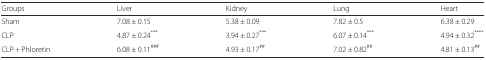
| Groups | Liver | Kidney | Lung | Heart |
 | --- | --- | --- | --- | --- |
 | Sham | 7.08 ± 0.15 | 5.38 ± 0.09 | 7.82 ± 0.5 | 6.38 ± 0.29 |
 | CLP | 4.87 ± 0.24*** | 3.94 ± 0.27*** | 6.07 ± 0.14*** | 4.94 ± 0.32**** |
 | CLP + Phloretin | 6.08 ± 0.11### | 4.93 ± 0.17## | 7.02 ± 0.82## | 4.81 ± 0.13## |